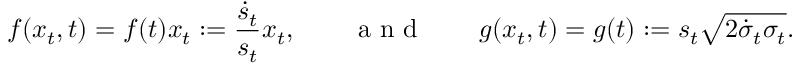
f ( x _ { t } , t ) = f ( t ) x _ { t } : = \frac { \dot { s } _ { t } } { s _ { t } } x _ { t } , \qquad \mathrm { ~ a ~ n ~ d ~ } \qquad g ( x _ { t } , t ) = g ( t ) : = s _ { t } \sqrt { 2 \dot { \sigma } _ { t } \sigma _ { t } } .